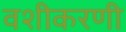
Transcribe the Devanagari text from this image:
वशीकरणी